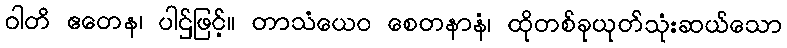
ဝါတိ ဧတေန၊ ပါဌ်ဖြင့်။ တာသံယေဝ စေတနာနံ၊ ထိုတစ်ခုယုတ်သုံးဆယ်သော